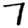
Digit: 7